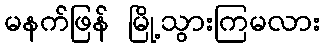
မနက်ဖြန် မြို့သွားကြမလား